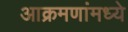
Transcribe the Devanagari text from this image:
आक्रमणांमध्ये